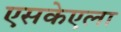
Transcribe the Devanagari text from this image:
एसकेएला